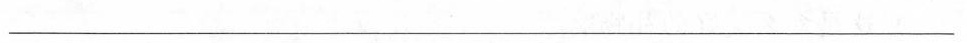
___